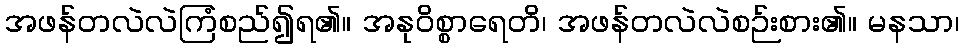
အဖန်တလဲလဲကြံစည်၍ရ၏။ အနုဝိစ္စာရေတိ၊ အဖန်တလဲလဲစဉ်းစား၏။ မနသာ၊